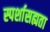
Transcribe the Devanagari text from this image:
स्पर्शासह्यता